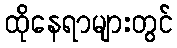
ထိုနေရာများတွင်